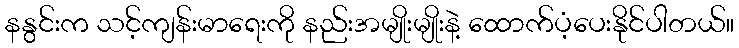
နနွင်းက သင့်ကျန်းမာရေးကို နည်းအမျိုးမျိုးနဲ့ ထောက်ပံ့ပေးနိုင်ပါတယ်။